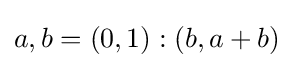
a,b=(0,1):(b,a+b)